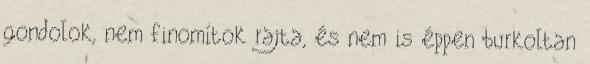
gondolok, nem finomítok rajta, és nem is éppen burkoltan